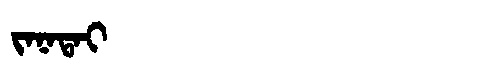
Manchu: ᠵᠠᠨᠠᡨᠠᡳ
Romanization: JANATAI